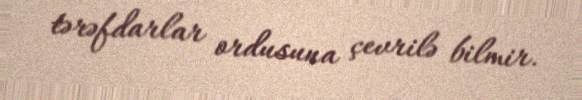
tərəfdarlar ordusuna çevrilə bilmir.